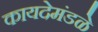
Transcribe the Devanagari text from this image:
कायदेमंडळे